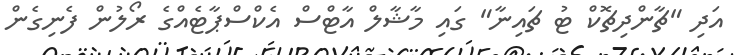
އަދި "ޗާންދިޗޮކް ޓު ޗައިނާ" ގައި މާޝާލް އާޓްސް އެކްސްޕާޓެއްގެ ރޯލުން ފެނިގެން